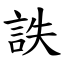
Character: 詄